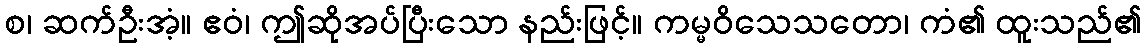
စ၊ ဆက်ဦးအံ့။ ဧဝံ၊ ဤဆိုအပ်ပြီးသော နည်းဖြင့်။ ကမ္မဝိသေသတော၊ ကံ၏ ထူးသည်၏